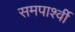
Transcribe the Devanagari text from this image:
समपार्श्वी